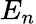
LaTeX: E_{n}